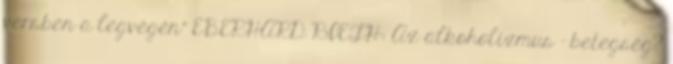
versben a legvégén" EBERHARD RIETH: Az alkoholizmus – betegség?